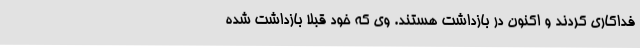
فداکاری کردند و اکنون در بازداشت هستند. وی که خود قبلا بازداشت شده